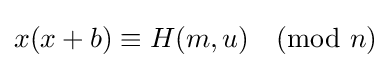
x(x+b)\equiv H(m,u){\pmod {n}}